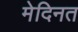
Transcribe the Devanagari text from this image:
मेदिनत